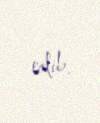
edib.